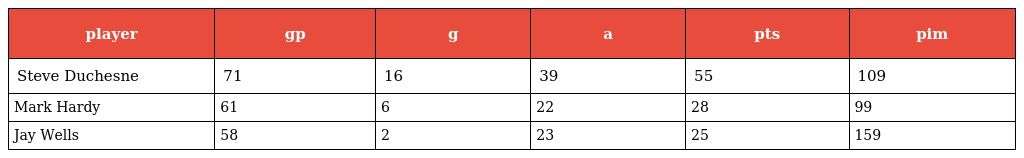
| player | gp | g | a | pts | pim |
 | --- | --- | --- | --- | --- | --- |
 | Steve Duchesne | 71 | 16 | 39 | 55 | 109 |
 | Mark Hardy | 61 | 6 | 22 | 28 | 99 |
 | Jay Wells | 58 | 2 | 23 | 25 | 159 |